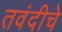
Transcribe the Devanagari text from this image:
तवंदीचे